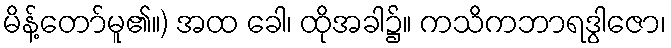
မိန့်တော်မူ၏။) အထ ခေါ၊ ထိုအခါ၌။ ကသိကဘာရဒွါဇော၊